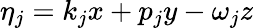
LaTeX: \eta_{j}=k_{j}x+p_{j}y-\omega_{j}z